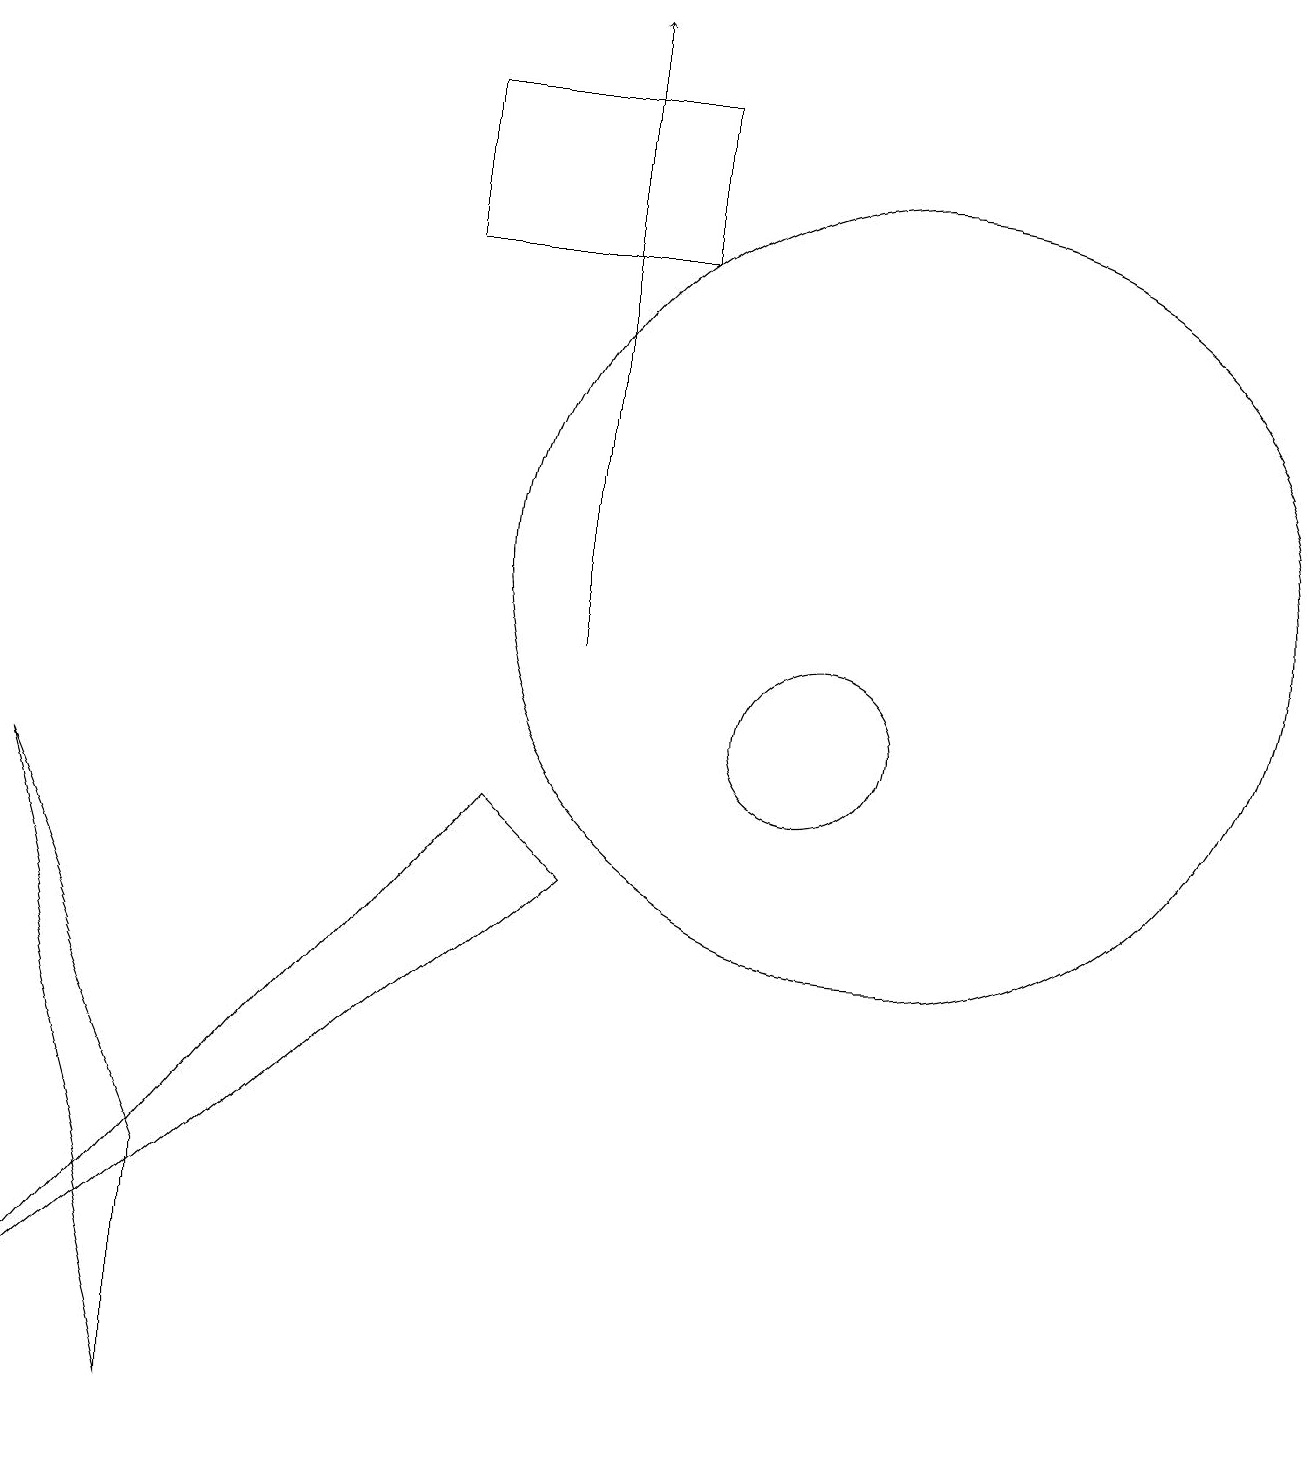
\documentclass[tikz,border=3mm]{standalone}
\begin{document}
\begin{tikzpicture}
\draw (0,9) -- (2,4) -- (2,1) -- cycle;
\draw[->] (7,11) -- (7,19);
\draw (0,2) -- (6,9) -- (7,8) -- cycle;
\draw (5,18) rectangle (8,16);
\draw (10,10) circle (1);
\draw (11,12) circle (5);
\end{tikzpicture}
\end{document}